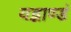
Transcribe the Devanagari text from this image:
यद्भाण्डं